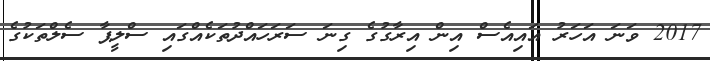
2017 ވަނަ އަހަރު އައިއެސް އިން އިރާގުގެ ގިނަ ސަރަހައްދުތަކެއްގައި ސްލީޕާ ސެލްތަކުގެ